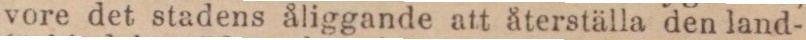
vore det stadens åliggande att återställa den land-